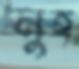
নুহ